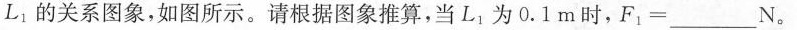
L_{1}的关系图象，如图所示。请根据图象推算，当L_{1}为0.1m时，$$F _ { 1 } = _ _ _N$$。